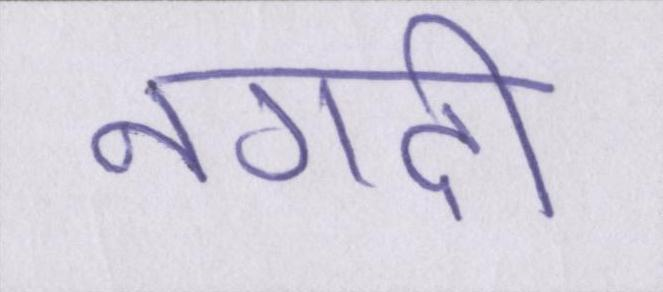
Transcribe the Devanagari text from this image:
नगदी